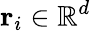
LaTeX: \mathbf{r}_{i}\in\mathbb{R}^{d}